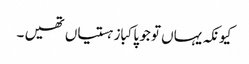
کیونکہ یہاں تو جو پاکباز ہستیاں تھیں ۔